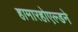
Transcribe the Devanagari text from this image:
हामारहोएल्डने